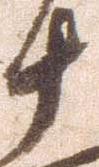
十